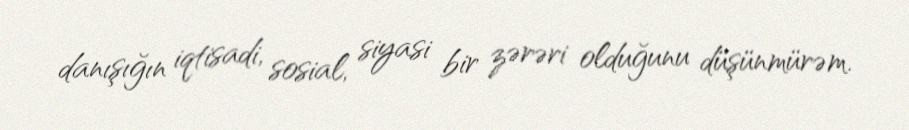
danışığın iqtisadi, sosial, siyasi bir zərəri olduğunu düşünmürəm.